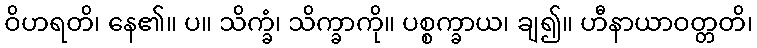
ဝိဟရတိ၊ နေ၏။ ပ။ သိက္ခံ၊ သိက္ခာကို။ ပစ္စက္ခာယ၊ ချ၍။ ဟီနာယာဝတ္တတိ၊